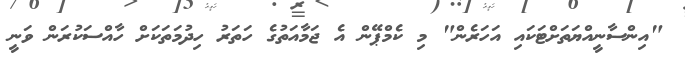
"އިންސާނީއްޔަތަށްޓަކައި އަހަރެން" މި ކެމްޕޭން އެ ޖަމާއަތުގެ ހަތަރު ހިދުމަތަކަށް ހާއްސަކުރަން ވަނީ